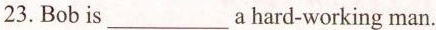
23. Bobis___a hard-working man.